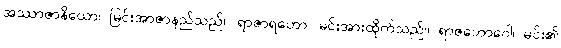
အဿာဇာနိယော၊ မြင်းအာဇာနည်သည်။ ရာဇာရဟော၊ မင်းအားထိုက်သည်။ ရာဇဘောဂေါ၊ မင်း၏